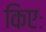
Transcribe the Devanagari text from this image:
किएः